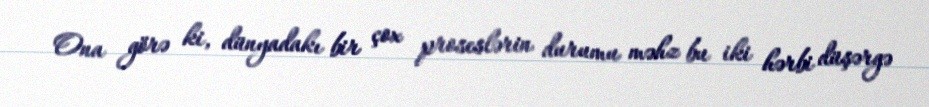
Ona görə ki, dünyadakı bir çox proseslərin durumu məhz bu iki hərbi düşərgə